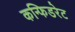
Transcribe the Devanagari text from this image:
कन्फिडरेट